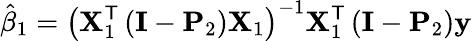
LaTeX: {\hat{\beta}}_{1}=\left(\mathbf{X}_{1}^{\mathsf{T}}\left(\mathbf{I}-\mathbf{P}_{2}\right)\mathbf{X}_{1}\right)^{-1}\mathbf{X}_{1}^{\mathsf{T}}\left(\mathbf{I}-\mathbf{P}_{2}\right)\mathbf{y}